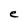
Character: e